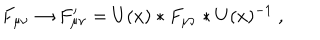
F _ { \mu \nu } \to F _ { \mu \nu } ^ { \prime } = U ( x ) * F _ { \mu \nu } * U ( x ) ^ { - 1 } \ ,